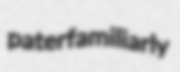
paterfamiliarly